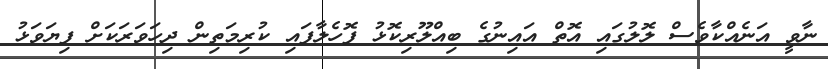
ނާވީ އަނެއްކާވެސް ލޮލުގައި އޮތް އައިނުގެ ބިއްލޫރިކޮޅު ފޮހެލާފައި ކުރިމަތިން ދިހަވަރަކަށް ފިޔަވަޅު